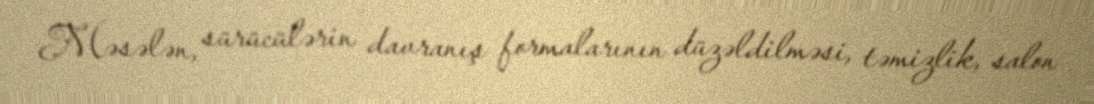
Məsələn, sürücülərin davranış formalarının düzəldilməsi, təmizlik, salon